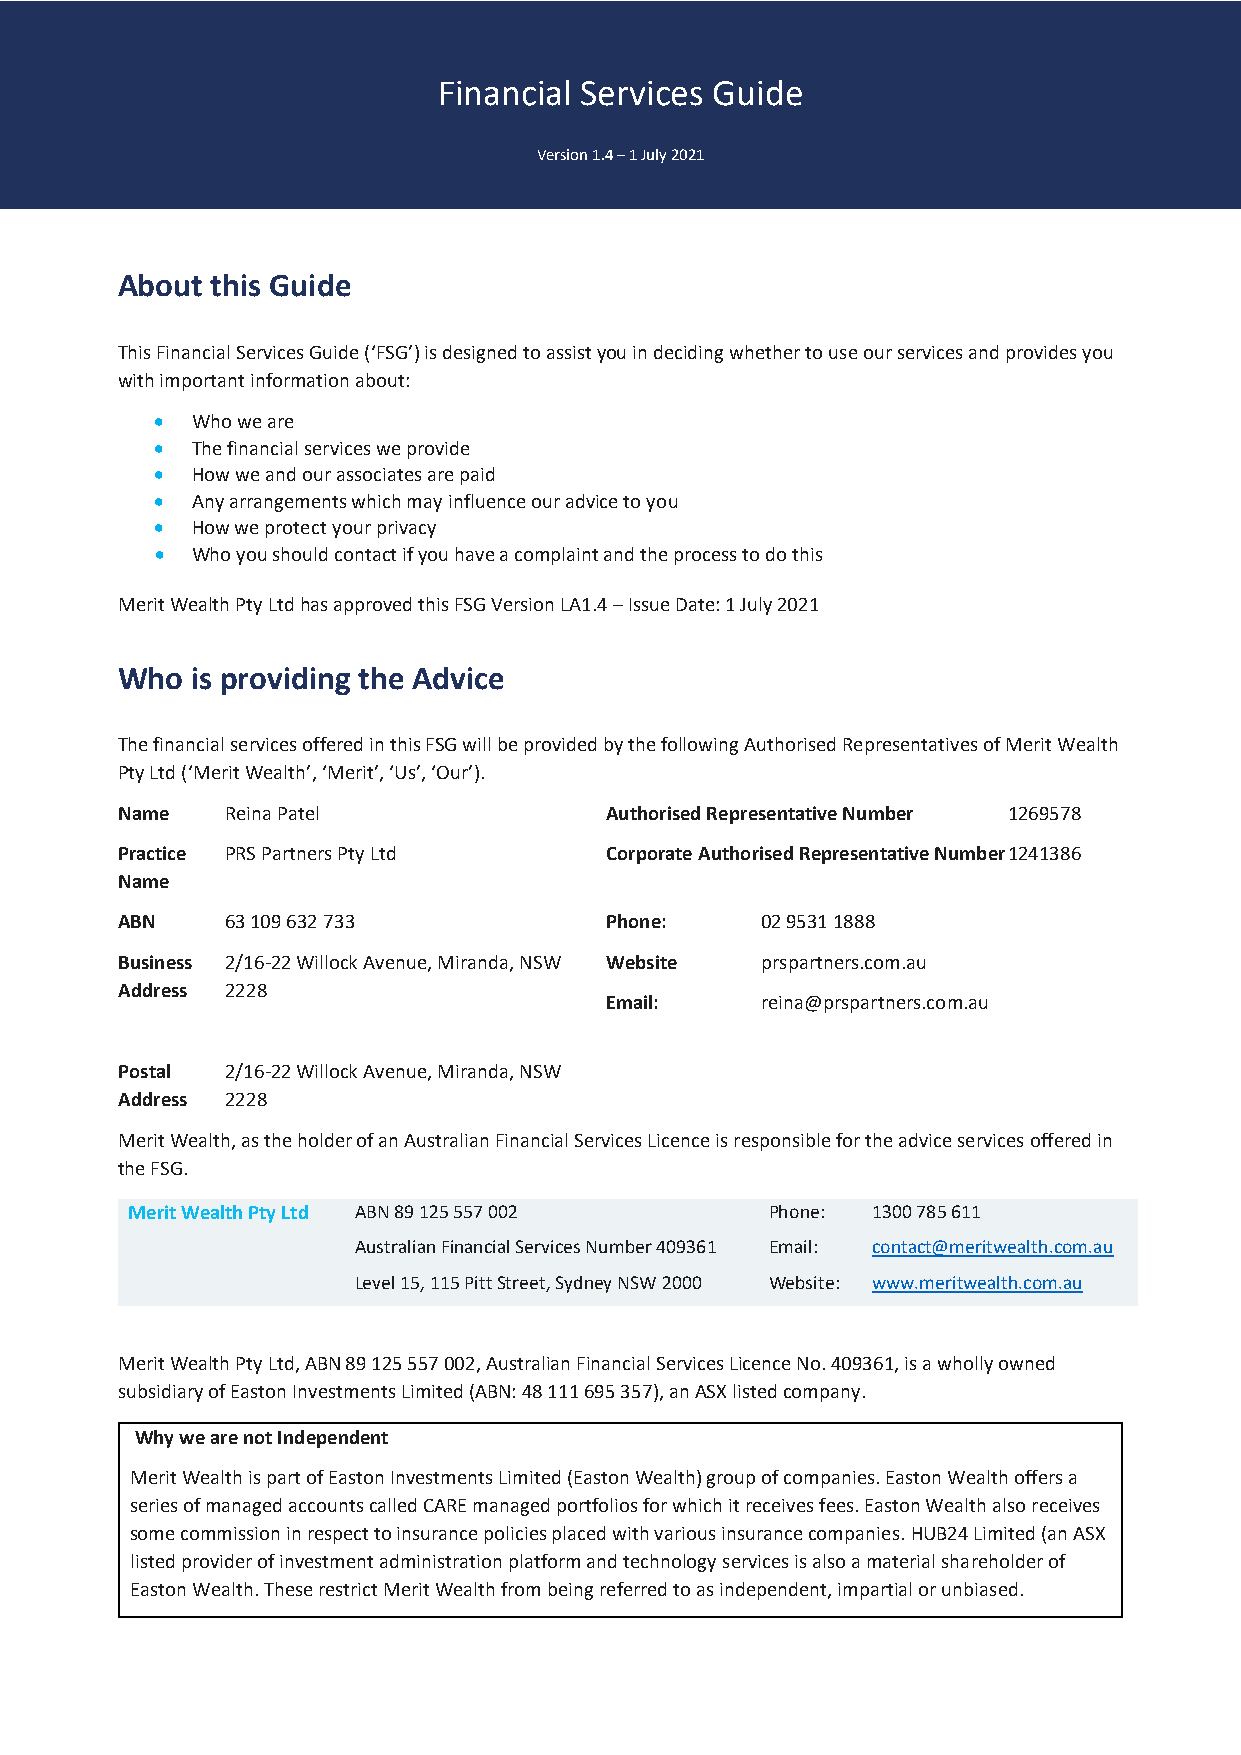
Financial Services Guide
 Version 1.4 – 1 July 2021
 About this Guide
 This Financial Services Guide (‘FSG’) is designed to assist you in deciding whether to use our services and provides you
 with important information about:
 •  Who we are
 •  The financial services we provide
 •  How we and our associates are paid
 •  Any arrangements which may influence our advice to you
 •  How we protect your privacy
 •  Who you should contact if you have a complaint and the process to do this
 Merit Wealth Pty Ltd has approved this FSG Version LA1.4 – Issue Date: 1 July 2021
 Who  is providing the Advice
 The financial services offered in this FSG will be provided by the following Authorised Representatives of Merit Wealth
 Pty Ltd (‘Merit Wealth’, ‘Merit’, ‘Us’, ‘Our’).
 Name   Reina Patel              Authorised Representative Number 1269578
 Practice PRS Partners Pty Ltd   Corporate Authorised Representative Number 1 241386
 Name
 ABN    63 109 632 733           Phone:    02 9531 1888
 Business 2/16-22 Willock Avenue, Miranda, NSW Website prspartners.com.au
 Address 2228
 Email:    reina@prspartners.com.au
 Postal 2/16-22 Willock Avenue, Miranda, NSW
 Address 2228
 Merit Wealth, as the holder of an Australian Financial Services Licence is responsible for the advice services offered in
 the FSG.
 Merit Wealth Pty Ltd ABN 89 125 557 002    Phone: 1300 785 611
 Australian Financial Services Number 409361 Email: contact@meritwealth.com.au
 Level 15, 115 Pitt Street, Sydney NSW 2000 Website: www.meritwealth.com.au
 Merit Wealth Pty Ltd, ABN 89 125 557 002, Australian Financial Services Licence No. 409361, is a wholly owned
 subsidiary of Easton Investments Limited (ABN: 48 111 695 357), an ASX listed company.
 Why we are not Independent
 Merit Wealth is part of Easton Investments Limited (Easton Wealth) group of companies. Easton Wealth offers a
 series of managed accounts called CARE managed portfolios for which it receives fees. Easton Wealth also receives
 some commission in respect to insurance policies placed with various insurance companies. HUB24 Limited (an ASX
 listed provider of investment administration platform and technology services is also a material shareholder of
 Easton Wealth. These restrict Merit Wealth from being referred to as independent, impartial or unbiased.